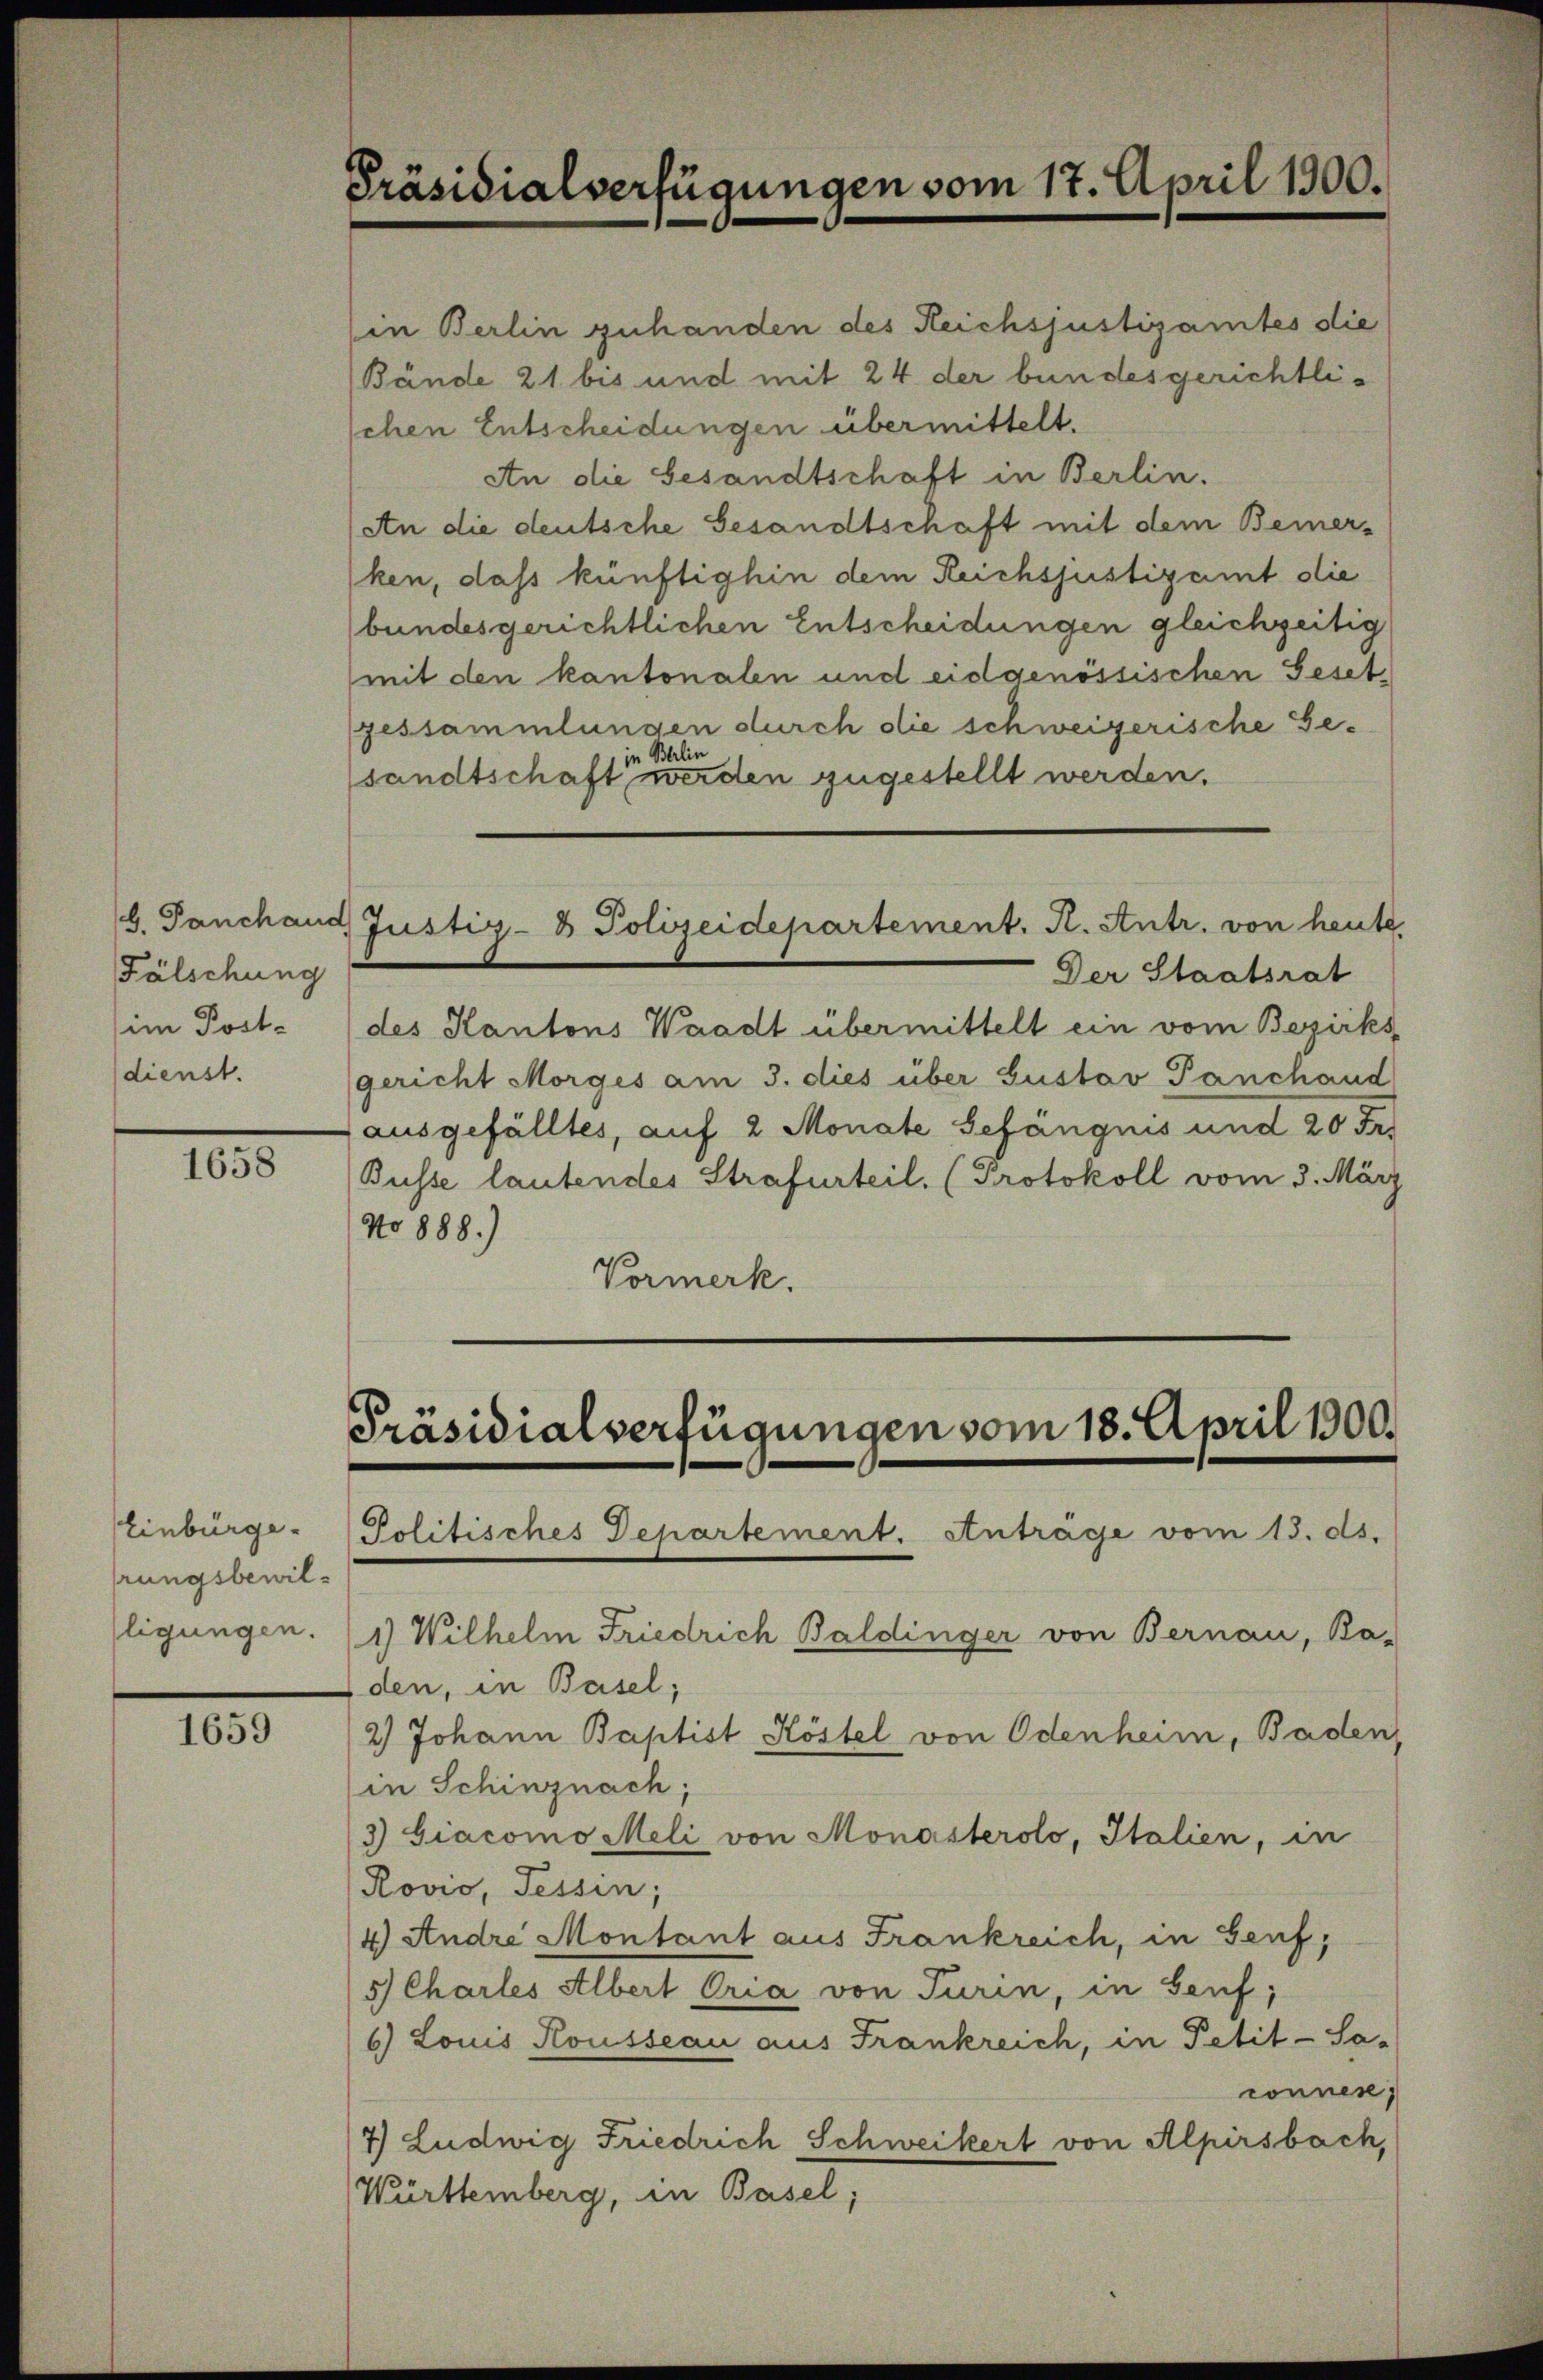
b. Panchand
Fälschung
im Post-
dienst.

1658

Einbürge
rungsbewilligungen.

1659

Präsidialverfügungen vom 17. April 1900.

schen Entscheidungen übermittelt.
An die Gesandtschaft in Berlin.
An die deutsche Gesandtschaft mit dem Bemerken, dass künftighin dem Reichsjustizamt die
bundesgerichtlichen Entscheidungen gleichzeitig
(mit den kantonalen und eidgenössischen Geset
gessammlungen durch die schweizerische Gein Berlin
sandtschaft werden zugestellt werden.
4 Justiz- & Polizeidepartement. A. Antr. von heute
Der Staatsrat
des Kantons Waadt übermittelt ein vom Bezirks
gericht Morges am 3. dies über Gustav Panchand
ausgefälltes, auf 2 Monate Gefängnis und 20 Fr.
Busse lautendes Strafurteil, (Protokoll vom 3. März
No 888.)
Vormerk.

in Berlin zuhanden des Reichsjustizamtes die
Bände 21 bis und mit 24 der bundesgerichtli¬

Präsidialverfügungen vom 18. April 1900.
Politisches Departement. Antrage vom 13. ds.

1) Wilhelm Friedrich Baldinger von Bernau, Ba-
den, in Basel;
2) Johann Baptist Köstel von Odenheim, Baden,
(in Schinznach;
3) Giacomo Meli von Monasterolo, Italien, in
Rović, Tessin;
4) Andre Montant aus Frankreich, in Genf,
5) Charles Albert Oria von Turin, in Senf,
6) Louis Housseau aus Frankreich, in Petit-Sa-
connen,
7) Ludwig Friedrich Schweikert von Alpirsbach,
Württemberg, in Basel;